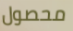
محصول